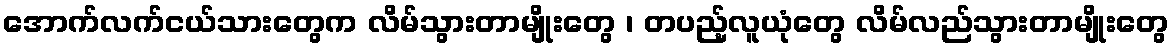
အောက်လက်ငယ်သားတွေက လိမ်သွားတာမျိုးတွေ ၊ တပည့်လူယုံတွေ လိမ်လည်သွားတာမျိုးတွေ